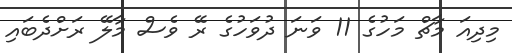
މިދިއަ މާޗް މަހުގެ 11 ވަނަ ދުވަހުގެ ރޭ ވެސް މާލޭ ރަށްދެބައި